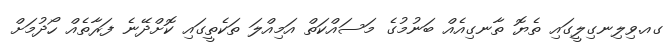
ގއ.ވިލިނގިލީގައި ތެޔޮ ތާނގިއެއް ބަނުމުގެ މަސައްކަތް އަމިއްލަ ތަކެތީގައި ކޮށްދޭނެ ފަރާތެއް ހޯދުމަށް